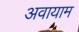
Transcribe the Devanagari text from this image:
अवायाम